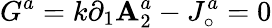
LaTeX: G^{a}=k\partial_{1}\mathbf{A}_{2}^{a}-J_{\circ}^{a}=0